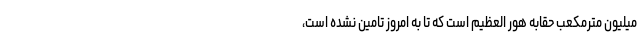
میلیون مترمکعب حقابه هور العظیم است که تا به امروز تامین نشده است،